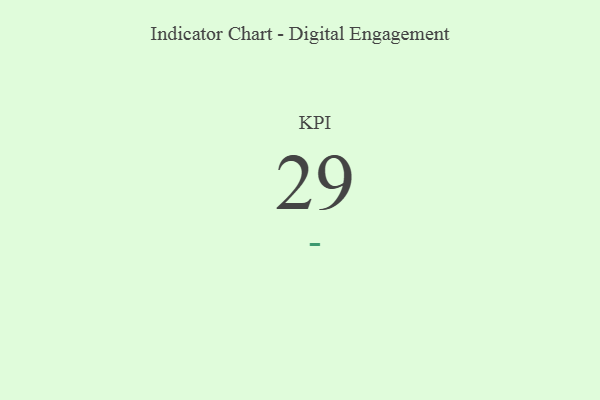
{"axis": {"x": "KPI", "y": "Value"}, "legend": [""], "data": [{"x": "KPI", "y": 29, "type": ""}]}